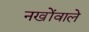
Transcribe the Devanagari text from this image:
नखोंवाले